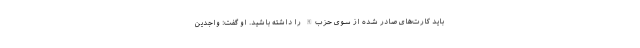
باید کارت‌های صادر شده از سوی حزب‌الله را داشته باشید. او گفت: واجدین